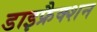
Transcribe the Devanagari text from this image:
डाइफ्रैक्शन